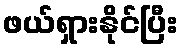
ဖယ်ရှားနိုင်ပြီး